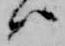
ハ